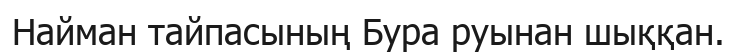
Найман тайпасының Бура руынан шыққан.